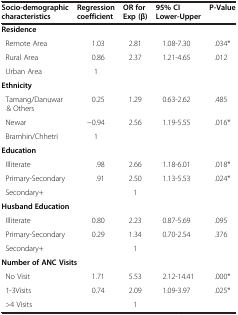
<table><thead><tr><td><b>Socio-demographic characteristics</b></td><td><b>Regression coefficient</b></td><td><b>OR for Exp (β)</b></td><td><b>95% CI Lower-Upper</b></td><td><b>P-Value</b></td></tr></thead><tbody><tr><td colspan="5"><b>Residence</b></td></tr><tr><td> Remote Area</td><td>1.03</td><td>2.81</td><td>1.08-7.30</td><td>.034*</td></tr><tr><td> Rural Area</td><td>0.86</td><td>2.37</td><td>1.21-4.65</td><td>.012</td></tr><tr><td> Urban Area</td><td>1</td><td> </td><td> </td><td> </td></tr><tr><td colspan="5"><b>Ethnicity</b></td></tr><tr><td> Tamang/Danuwar&amp; Others</td><td>0.25</td><td>1.29</td><td>0.63-2.62</td><td>.485</td></tr><tr><td> Newar</td><td>−0.94</td><td>2.56</td><td>1.19-5.55</td><td>.016*</td></tr><tr><td> Bramhin/Chhetri</td><td>1</td><td> </td><td> </td><td> </td></tr><tr><td colspan="5"><b>Education</b></td></tr><tr><td> Illiterate</td><td>.98</td><td>2.66</td><td>1.18-6.01</td><td>.018*</td></tr><tr><td> Primary-Secondary</td><td>.91</td><td>2.50</td><td>1.13-5.53</td><td>.024*</td></tr><tr><td> Secondary+</td><td> </td><td>1</td><td> </td><td> </td></tr><tr><td colspan="5"><b>Husband Education</b></td></tr><tr><td> Illiterate</td><td>0.80</td><td>2.23</td><td>0.87-5.69</td><td>.095</td></tr><tr><td> Primary-Secondary</td><td>0.29</td><td>1.34</td><td>0.70-2.54</td><td>.376</td></tr><tr><td> Secondary+</td><td> </td><td>1</td><td> </td><td> </td></tr><tr><td colspan="5"><b>Number of ANC Visits</b></td></tr><tr><td> No Visit</td><td>1.71</td><td>5.53</td><td>2.12-14.41</td><td>.000*</td></tr><tr><td> 1-3Visits</td><td>0.74</td><td>2.09</td><td>1.09-3.97</td><td>.025*</td></tr><tr><td> &gt;4 Visits</td><td> </td><td>1</td><td> </td><td> </td></tr></tbody></table>